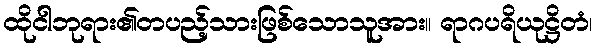
ထိုငါဘုရား၏တပည့်သားဖြစ်သောသူအား။ ရာဂပရိယုဋ္ဌိတံ၊